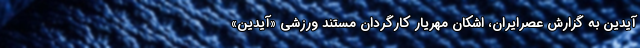
آیدین به گزارش عصرایران، اشکان مهریار کارگردان مستند ورزشی «آیدین»